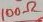
Text: 100Ω